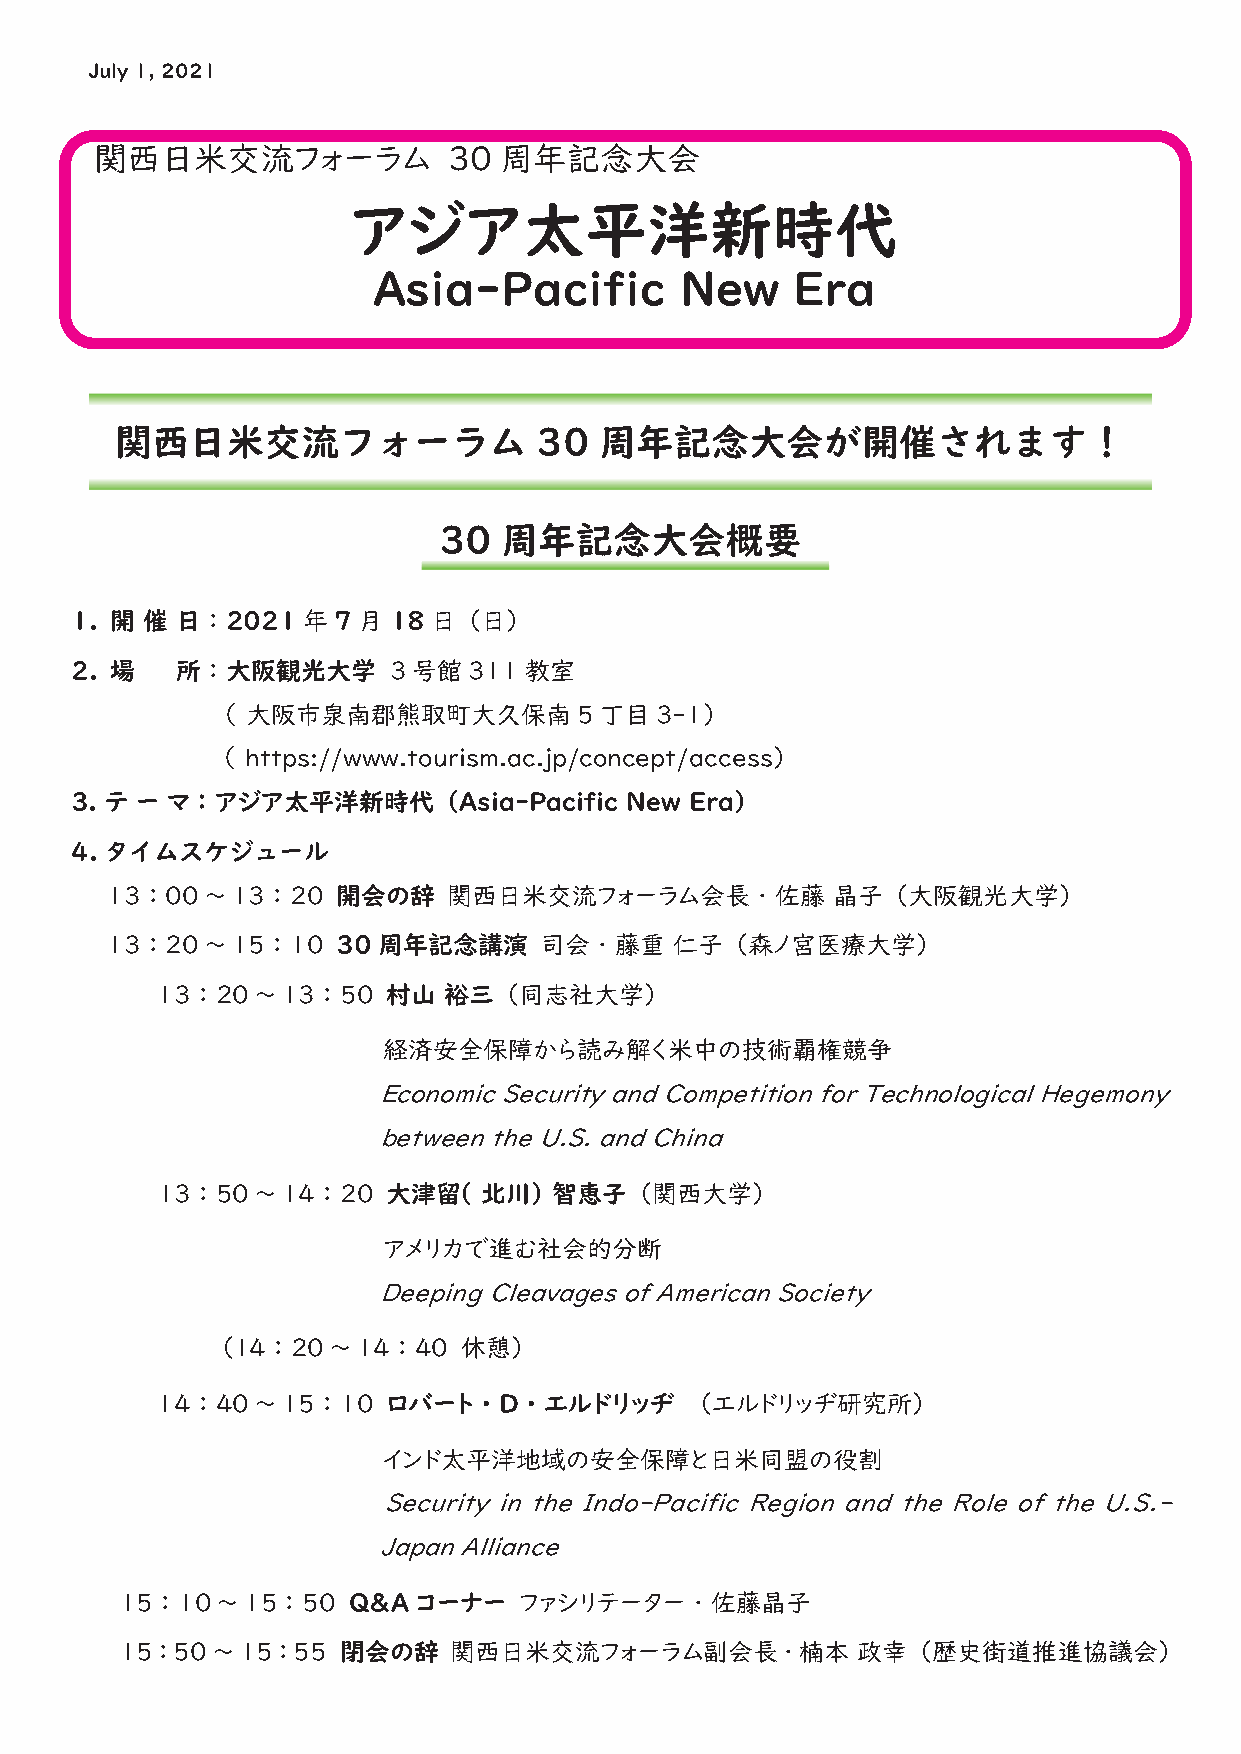
July 1, 2021
 関西日米交流フォーラム             30 周年記念大会
 アジア太平洋新時代
 Asia-Pacific        New     Era
 関西日米交流フォーラム                 30  周年記念大会が開催されます！
 30  周年記念大会概要
 1. 開 催 日 ：2021 年7  月18  日（日）
 2. 場   所：大阪観光大学      3 号館311  教室
 （ 大阪市泉南郡熊取町大久保南5         丁目3-1）
 （ https://www.tourism.ac.jp/concept/access）
 3. テ ー マ：アジア太平洋新時代（Asia-Pacific     New  Era）
 4. タイムスケジュール
 13 ：00 ～13 ：20 開会の辞    関西日米交流フォーラム会長・佐藤         晶子（大阪観光大学）
 13 ：20 ～15 ：10 30周年記念講演      司会・藤重    仁子（森ノ宮医療大学）
 13 ：20 ～13 ：50  村山 裕三（同志社大学）
 経済安全保障から読み解く米中の技術覇権競争
 E conomic Security and Competition for Technological Hegemony
 between the U.S. and China
 13：50  ～14 ：20  大津留（  北川） 智恵子  （関西大学）
 アメリカで進む社会的分断
 Deeping Cleavages of American Society
 （14 ：20 ～14 ：40  休憩）
 14 ：40 ～15 ：10  ロバート・D・エルドリッヂ      （エルドリッヂ研究所）
 インド太平洋地域の安全保障と日米同盟の役割
 Security in the Indo-Pacific Region and the Role of the U.S.-
 Japan Alliance
 15 ：10 ～15 ：50 Q&A コーナー   ファシリテーター・佐藤晶子
 15：50 ～15：55  閉会の辞    関西日米交流フォーラム副会長・楠本          政幸（歴史街道推進協議会）